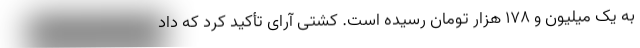
به یک میلیون و 178 هزار تومان رسیده است. کشتی آرای تأکید کرد که داد